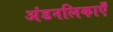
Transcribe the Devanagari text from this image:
अंडनलिकाएँ